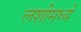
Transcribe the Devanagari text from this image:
लशीमध्ये